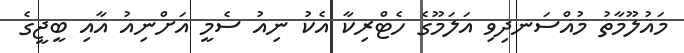
މައުލޫމާތު މުއްސަނދިވި އަލަމޫގެ ހެޓްރިކާ އެކު ނިއު ސެމީ އަށްނިއު އާއި ބީޖީގެ